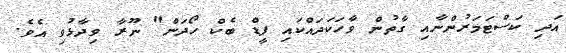
އަދި ކަސްޓަމަރުންނާއި ގާތުން ވާހަކަދައްކައި ފީޑް ބެކް ހޯދަން" ނޫރާ ވިދާޅުވި އެވެ.